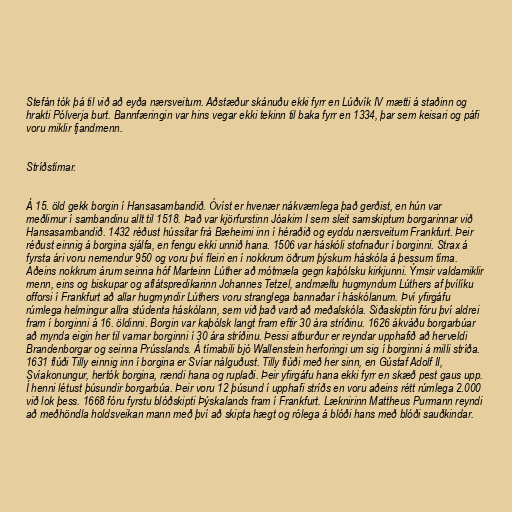
Stefán tók þá til við að eyða nærsveitum. Aðstæður skánuðu ekki fyrr en Lúðvík IV mætti á staðinn og
hrakti Pólverja burt. Bannfæringin var hins vegar ekki tekinn til baka fyrr en 1334, þar sem keisari og páfi
voru miklir fjandmenn.

Stríðstímar.

Á 15. öld gekk borgin í Hansasambandið. Óvíst er hvenær nákvæmlega það gerðist, en hún var
meðlimur í sambandinu allt til 1518. Það var kjörfurstinn Jóakim I sem sleit samskiptum borgarinnar við
Hansasambandið. 1432 réðust hússítar frá Bæheimi inn í héraðið og eyddu nærsveitum Frankfurt. Þeir
réðust einnig á borgina sjálfa, en fengu ekki unnið hana. 1506 var háskóli stofnaður í borginni. Strax á
fyrsta ári voru nemendur 950 og voru því fleiri en í nokkrum öðrum þýskum háskóla á þessum tíma.
Aðeins nokkrum árum seinna hóf Marteinn Lúther að mótmæla gegn kaþólsku kirkjunni. Ýmsir valdamiklir
menn, eins og biskupar og aflátspredikarinn Johannes Tetzel, andmæltu hugmyndum Lúthers af þvílíku
offorsi í Frankfurt að allar hugmyndir Lúthers voru stranglega bannaðar í háskólanum. Því yfirgáfu
rúmlega helmingur allra stúdenta háskólann, sem við það varð að meðalskóla. Siðaskiptin fóru því aldrei
fram í borginni á 16. öldinni. Borgin var kaþólsk langt fram eftir 30 ára stríðinu. 1626 ákváðu borgarbúar
að mynda eigin her til varnar borginni í 30 ára stríðinu. Þessi atburður er reyndar upphafið að herveldi
Brandenborgar og seinna Prússlands. Á tímabili bjó Wallenstein herforingi um sig í borginni á milli stríða.
1631 flúði Tilly einnig inn í borgina er Svíar nálguðust. Tilly flúði með her sinn, en Gústaf Adolf II,
Svíakonungur, hertók borgina, rændi hana og ruplaði. Þeir yfirgáfu hana ekki fyrr en skæð pest gaus upp.
Í henni létust þúsundir borgarbúa. Þeir voru 12 þúsund í upphafi stríðs en voru aðeins rétt rúmlega 2.000
við lok þess. 1668 fóru fyrstu blóðskipti Þýskalands fram í Frankfurt. Læknirinn Mattheus Purmann reyndi
að meðhöndla holdsveikan mann með því að skipta hægt og rólega á blóði hans með blóði sauðkindar.